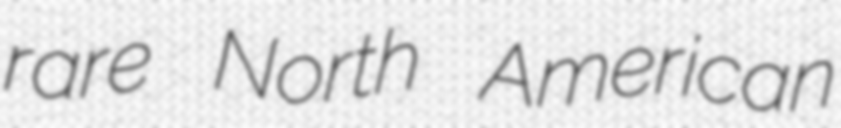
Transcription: rare North American